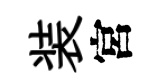
装宮